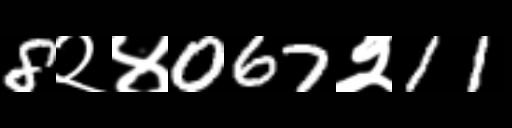
Text: 8२४067२11